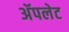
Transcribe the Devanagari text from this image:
अॅपलेट